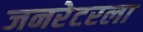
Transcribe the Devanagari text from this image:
जनरेटरला